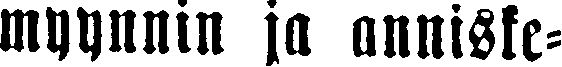
myynnin ja anniske-